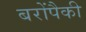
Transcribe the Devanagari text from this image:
बरोंपैकी